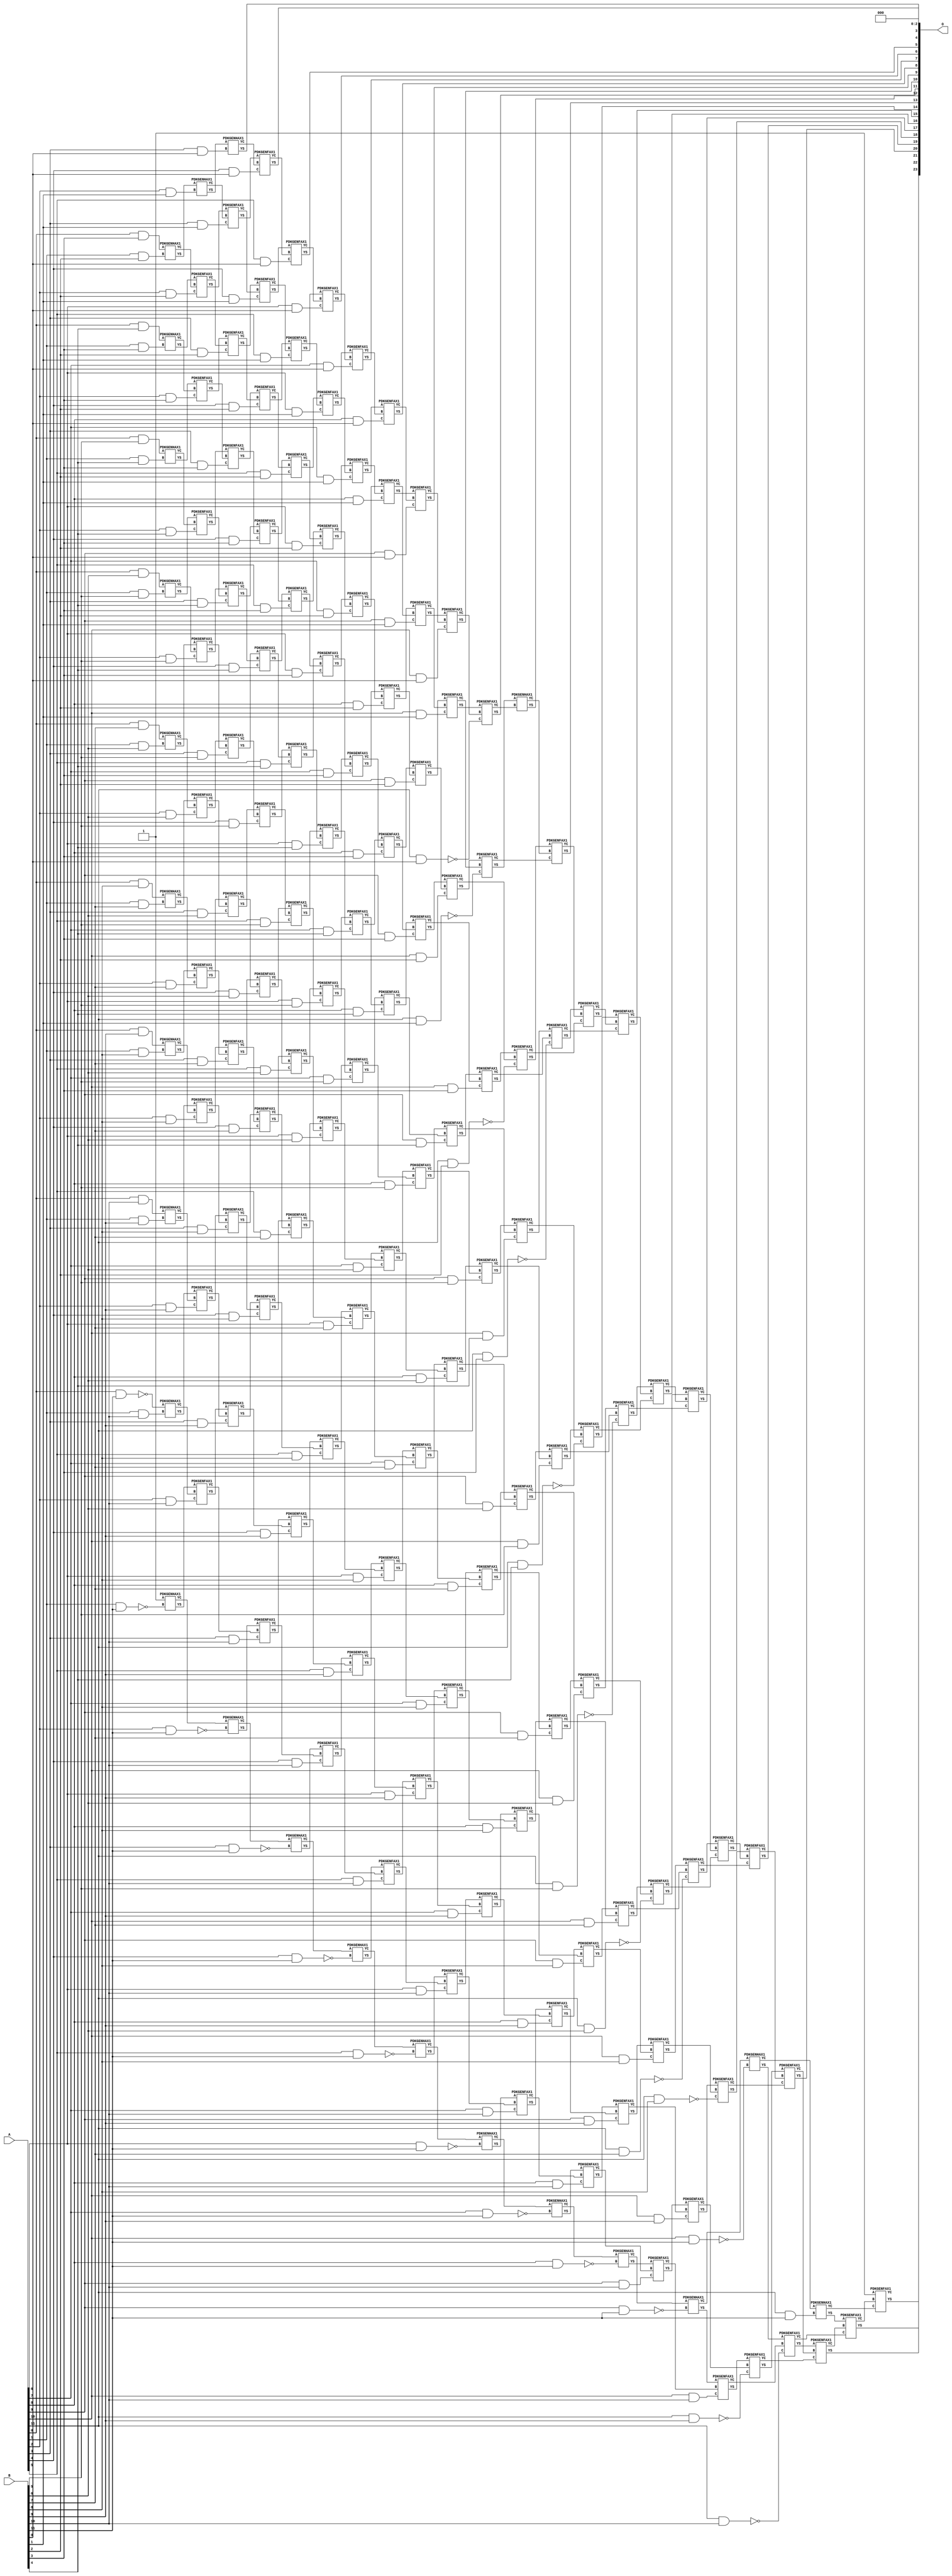
// This program was cloned from: https://github.com/ehw-fit/evoapproxlib
// License: MIT License

/***
* This code is a part of EvoApproxLib library (ehw.fit.vutbr.cz/approxlib) distributed under The MIT License.
* When used, please cite the following article(s): V. Mrazek, Z. Vasicek, L. Sekanina, H. Jiang and J. Han, "Scalable Construction of Approximate Multipliers With Formally Guaranteed Worst Case Error" in IEEE Transactions on Very Large Scale Integration (VLSI) Systems, vol. 26, no. 11, pp. 2572-2576, Nov. 2018. doi: 10.1109/TVLSI.2018.2856362 
* This file contains a circuit from a sub-set of pareto optimal circuits with respect to the pwr and mae parameters
***/
// MAE% = 0.000025 %
// MAE = 4.2 
// WCE% = 0.0001 %
// WCE = 17 
// WCRE% = 1700.00 %
// EP% = 68.75 %
// MRE% = 0.0076 %
// MSE = 34 
// PDK45_PWR = 1.189 mW
// PDK45_AREA = 1605.9 um2
// PDK45_DELAY = 2.32 ns


module mul12s_2KP ( A, B, O );
  input [11:0] A;
  input [11:0] B;
  output [23:0] O;

  wire C_10_0,C_10_1,C_10_10,C_10_11,C_10_2,C_10_3,C_10_4,C_10_5,C_10_6,C_10_7,C_10_8,C_10_9,C_11_0,C_11_1,C_11_10,C_11_11,C_11_2,C_11_3,C_11_4,C_11_5,C_11_6,C_11_7,C_11_8,C_11_9,C_12_0,C_12_1,C_12_10,C_12_11,C_12_2,C_12_3,C_12_4,C_12_5,C_12_6,C_12_7,C_12_8,C_12_9,C_1_10,C_1_11,C_1_2,C_1_3,C_1_4,C_1_5,C_1_6,C_1_7,C_1_8,C_1_9,C_2_1,C_2_10,C_2_11,C_2_2,C_2_3,C_2_4,C_2_5,C_2_6,C_2_7,C_2_8,C_2_9,C_3_0,C_3_1,C_3_10,C_3_11,C_3_2,C_3_3,C_3_4,C_3_5,C_3_6,C_3_7,C_3_8,C_3_9,C_4_0,C_4_1,C_4_10,C_4_11,C_4_2,C_4_3,C_4_4,C_4_5,C_4_6,C_4_7,C_4_8,C_4_9,C_5_0,C_5_1,C_5_10,C_5_11,C_5_2,C_5_3,C_5_4,C_5_5,C_5_6,C_5_7,C_5_8,C_5_9,C_6_0,C_6_1,C_6_10,C_6_11,C_6_2,C_6_3,C_6_4,C_6_5,C_6_6,C_6_7,C_6_8,C_6_9,C_7_0,C_7_1,C_7_10,C_7_11,C_7_2,C_7_3,C_7_4,C_7_5,C_7_6,C_7_7,C_7_8,C_7_9,C_8_0,C_8_1,C_8_10,C_8_11,C_8_2,C_8_3,C_8_4,C_8_5,C_8_6,C_8_7,C_8_8,C_8_9,C_9_0,C_9_1,C_9_10,C_9_11,C_9_2,C_9_3,C_9_4,C_9_5,C_9_6,C_9_7,C_9_8,C_9_9,S_0_10,S_0_11,S_0_3,S_0_4,S_0_5,S_0_6,S_0_7,S_0_8,S_0_9,S_10_0,S_10_1,S_10_10,S_10_11,S_10_2,S_10_3,S_10_4,S_10_5,S_10_6,S_10_7,S_10_8,S_10_9,S_11_0,S_11_1,S_11_10,S_11_11,S_11_2,S_11_3,S_11_4,S_11_5,S_11_6,S_11_7,S_11_8,S_11_9,S_12_0,S_12_1,S_12_10,S_12_11,S_12_2,S_12_3,S_12_4,S_12_5,S_12_6,S_12_7,S_12_8,S_12_9,S_1_10,S_1_11,S_1_2,S_1_3,S_1_4,S_1_5,S_1_6,S_1_7,S_1_8,S_1_9,S_2_1,S_2_10,S_2_11,S_2_2,S_2_3,S_2_4,S_2_5,S_2_6,S_2_7,S_2_8,S_2_9,S_3_0,S_3_1,S_3_10,S_3_11,S_3_2,S_3_3,S_3_4,S_3_5,S_3_6,S_3_7,S_3_8,S_3_9,S_4_0,S_4_1,S_4_10,S_4_11,S_4_2,S_4_3,S_4_4,S_4_5,S_4_6,S_4_7,S_4_8,S_4_9,S_5_0,S_5_1,S_5_10,S_5_11,S_5_2,S_5_3,S_5_4,S_5_5,S_5_6,S_5_7,S_5_8,S_5_9,S_6_0,S_6_1,S_6_10,S_6_11,S_6_2,S_6_3,S_6_4,S_6_5,S_6_6,S_6_7,S_6_8,S_6_9,S_7_0,S_7_1,S_7_10,S_7_11,S_7_2,S_7_3,S_7_4,S_7_5,S_7_6,S_7_7,S_7_8,S_7_9,S_8_0,S_8_1,S_8_10,S_8_11,S_8_2,S_8_3,S_8_4,S_8_5,S_8_6,S_8_7,S_8_8,S_8_9,S_9_0,S_9_1,S_9_10,S_9_11,S_9_2,S_9_3,S_9_4,S_9_5,S_9_6,S_9_7,S_9_8,S_9_9;

  assign S_0_3 = (A[0] & B[3]);
  assign S_0_4 = (A[0] & B[4]);
  assign S_0_5 = (A[0] & B[5]);
  assign S_0_6 = (A[0] & B[6]);
  assign S_0_7 = (A[0] & B[7]);
  assign S_0_8 = (A[0] & B[8]);
  assign S_0_9 = (A[0] & B[9]);
  assign S_0_10 = (A[0] & B[10]);
  assign S_0_11 = ~(A[0] & B[11]);
  PDKGENHAX1 U14199 (.A(S_0_3), .B((A[1] & B[2])), .YS(S_1_2), .YC(C_1_2));
  PDKGENHAX1 U14200 (.A(S_0_4), .B((A[1] & B[3])), .YS(S_1_3), .YC(C_1_3));
  PDKGENHAX1 U14201 (.A(S_0_5), .B((A[1] & B[4])), .YS(S_1_4), .YC(C_1_4));
  PDKGENHAX1 U14202 (.A(S_0_6), .B((A[1] & B[5])), .YS(S_1_5), .YC(C_1_5));
  PDKGENHAX1 U14203 (.A(S_0_7), .B((A[1] & B[6])), .YS(S_1_6), .YC(C_1_6));
  PDKGENHAX1 U14204 (.A(S_0_8), .B((A[1] & B[7])), .YS(S_1_7), .YC(C_1_7));
  PDKGENHAX1 U14205 (.A(S_0_9), .B((A[1] & B[8])), .YS(S_1_8), .YC(C_1_8));
  PDKGENHAX1 U14206 (.A(S_0_10), .B((A[1] & B[9])), .YS(S_1_9), .YC(C_1_9));
  PDKGENHAX1 U14207 (.A(S_0_11), .B((A[1] & B[10])), .YS(S_1_10), .YC(C_1_10));
  PDKGENHAX1 U14208 (.A(1'b1), .B(~(A[1] & B[11])), .YS(S_1_11), .YC(C_1_11));
  PDKGENHAX1 U14210 (.A(S_1_2), .B((A[2] & B[1])), .YS(S_2_1), .YC(C_2_1));
  PDKGENFAX1 U14211 (.A(S_1_3), .B(C_1_2), .C((A[2] & B[2])), .YS(S_2_2), .YC(C_2_2));
  PDKGENFAX1 U14212 (.A(S_1_4), .B(C_1_3), .C((A[2] & B[3])), .YS(S_2_3), .YC(C_2_3));
  PDKGENFAX1 U14213 (.A(S_1_5), .B(C_1_4), .C((A[2] & B[4])), .YS(S_2_4), .YC(C_2_4));
  PDKGENFAX1 U14214 (.A(S_1_6), .B(C_1_5), .C((A[2] & B[5])), .YS(S_2_5), .YC(C_2_5));
  PDKGENFAX1 U14215 (.A(S_1_7), .B(C_1_6), .C((A[2] & B[6])), .YS(S_2_6), .YC(C_2_6));
  PDKGENFAX1 U14216 (.A(S_1_8), .B(C_1_7), .C((A[2] & B[7])), .YS(S_2_7), .YC(C_2_7));
  PDKGENFAX1 U14217 (.A(S_1_9), .B(C_1_8), .C((A[2] & B[8])), .YS(S_2_8), .YC(C_2_8));
  PDKGENFAX1 U14218 (.A(S_1_10), .B(C_1_9), .C((A[2] & B[9])), .YS(S_2_9), .YC(C_2_9));
  PDKGENFAX1 U14219 (.A(S_1_11), .B(C_1_10), .C((A[2] & B[10])), .YS(S_2_10), .YC(C_2_10));
  PDKGENHAX1 U14220 (.A(C_1_11), .B(~(A[2] & B[11])), .YS(S_2_11), .YC(C_2_11));
  PDKGENHAX1 U14221 (.A(S_2_1), .B((A[3] & B[0])), .YS(S_3_0), .YC(C_3_0));
  PDKGENFAX1 U14222 (.A(S_2_2), .B(C_2_1), .C((A[3] & B[1])), .YS(S_3_1), .YC(C_3_1));
  PDKGENFAX1 U14223 (.A(S_2_3), .B(C_2_2), .C((A[3] & B[2])), .YS(S_3_2), .YC(C_3_2));
  PDKGENFAX1 U14224 (.A(S_2_4), .B(C_2_3), .C((A[3] & B[3])), .YS(S_3_3), .YC(C_3_3));
  PDKGENFAX1 U14225 (.A(S_2_5), .B(C_2_4), .C((A[3] & B[4])), .YS(S_3_4), .YC(C_3_4));
  PDKGENFAX1 U14226 (.A(S_2_6), .B(C_2_5), .C((A[3] & B[5])), .YS(S_3_5), .YC(C_3_5));
  PDKGENFAX1 U14227 (.A(S_2_7), .B(C_2_6), .C((A[3] & B[6])), .YS(S_3_6), .YC(C_3_6));
  PDKGENFAX1 U14228 (.A(S_2_8), .B(C_2_7), .C((A[3] & B[7])), .YS(S_3_7), .YC(C_3_7));
  PDKGENFAX1 U14229 (.A(S_2_9), .B(C_2_8), .C((A[3] & B[8])), .YS(S_3_8), .YC(C_3_8));
  PDKGENFAX1 U14230 (.A(S_2_10), .B(C_2_9), .C((A[3] & B[9])), .YS(S_3_9), .YC(C_3_9));
  PDKGENFAX1 U14231 (.A(S_2_11), .B(C_2_10), .C((A[3] & B[10])), .YS(S_3_10), .YC(C_3_10));
  PDKGENHAX1 U14232 (.A(C_2_11), .B(~(A[3] & B[11])), .YS(S_3_11), .YC(C_3_11));
  PDKGENFAX1 U14233 (.A(S_3_1), .B(C_3_0), .C((A[4] & B[0])), .YS(S_4_0), .YC(C_4_0));
  PDKGENFAX1 U14234 (.A(S_3_2), .B(C_3_1), .C((A[4] & B[1])), .YS(S_4_1), .YC(C_4_1));
  PDKGENFAX1 U14235 (.A(S_3_3), .B(C_3_2), .C((A[4] & B[2])), .YS(S_4_2), .YC(C_4_2));
  PDKGENFAX1 U14236 (.A(S_3_4), .B(C_3_3), .C((A[4] & B[3])), .YS(S_4_3), .YC(C_4_3));
  PDKGENFAX1 U14237 (.A(S_3_5), .B(C_3_4), .C((A[4] & B[4])), .YS(S_4_4), .YC(C_4_4));
  PDKGENFAX1 U14238 (.A(S_3_6), .B(C_3_5), .C((A[4] & B[5])), .YS(S_4_5), .YC(C_4_5));
  PDKGENFAX1 U14239 (.A(S_3_7), .B(C_3_6), .C((A[4] & B[6])), .YS(S_4_6), .YC(C_4_6));
  PDKGENFAX1 U14240 (.A(S_3_8), .B(C_3_7), .C((A[4] & B[7])), .YS(S_4_7), .YC(C_4_7));
  PDKGENFAX1 U14241 (.A(S_3_9), .B(C_3_8), .C((A[4] & B[8])), .YS(S_4_8), .YC(C_4_8));
  PDKGENFAX1 U14242 (.A(S_3_10), .B(C_3_9), .C((A[4] & B[9])), .YS(S_4_9), .YC(C_4_9));
  PDKGENFAX1 U14243 (.A(S_3_11), .B(C_3_10), .C((A[4] & B[10])), .YS(S_4_10), .YC(C_4_10));
  PDKGENHAX1 U14244 (.A(C_3_11), .B(~(A[4] & B[11])), .YS(S_4_11), .YC(C_4_11));
  PDKGENFAX1 U14245 (.A(S_4_1), .B(C_4_0), .C((A[5] & B[0])), .YS(S_5_0), .YC(C_5_0));
  PDKGENFAX1 U14246 (.A(S_4_2), .B(C_4_1), .C((A[5] & B[1])), .YS(S_5_1), .YC(C_5_1));
  PDKGENFAX1 U14247 (.A(S_4_3), .B(C_4_2), .C((A[5] & B[2])), .YS(S_5_2), .YC(C_5_2));
  PDKGENFAX1 U14248 (.A(S_4_4), .B(C_4_3), .C((A[5] & B[3])), .YS(S_5_3), .YC(C_5_3));
  PDKGENFAX1 U14249 (.A(S_4_5), .B(C_4_4), .C((A[5] & B[4])), .YS(S_5_4), .YC(C_5_4));
  PDKGENFAX1 U14250 (.A(S_4_6), .B(C_4_5), .C((A[5] & B[5])), .YS(S_5_5), .YC(C_5_5));
  PDKGENFAX1 U14251 (.A(S_4_7), .B(C_4_6), .C((A[5] & B[6])), .YS(S_5_6), .YC(C_5_6));
  PDKGENFAX1 U14252 (.A(S_4_8), .B(C_4_7), .C((A[5] & B[7])), .YS(S_5_7), .YC(C_5_7));
  PDKGENFAX1 U14253 (.A(S_4_9), .B(C_4_8), .C((A[5] & B[8])), .YS(S_5_8), .YC(C_5_8));
  PDKGENFAX1 U14254 (.A(S_4_10), .B(C_4_9), .C((A[5] & B[9])), .YS(S_5_9), .YC(C_5_9));
  PDKGENFAX1 U14255 (.A(S_4_11), .B(C_4_10), .C((A[5] & B[10])), .YS(S_5_10), .YC(C_5_10));
  PDKGENHAX1 U14256 (.A(C_4_11), .B(~(A[5] & B[11])), .YS(S_5_11), .YC(C_5_11));
  PDKGENFAX1 U14257 (.A(S_5_1), .B(C_5_0), .C((A[6] & B[0])), .YS(S_6_0), .YC(C_6_0));
  PDKGENFAX1 U14258 (.A(S_5_2), .B(C_5_1), .C((A[6] & B[1])), .YS(S_6_1), .YC(C_6_1));
  PDKGENFAX1 U14259 (.A(S_5_3), .B(C_5_2), .C((A[6] & B[2])), .YS(S_6_2), .YC(C_6_2));
  PDKGENFAX1 U14260 (.A(S_5_4), .B(C_5_3), .C((A[6] & B[3])), .YS(S_6_3), .YC(C_6_3));
  PDKGENFAX1 U14261 (.A(S_5_5), .B(C_5_4), .C((A[6] & B[4])), .YS(S_6_4), .YC(C_6_4));
  PDKGENFAX1 U14262 (.A(S_5_6), .B(C_5_5), .C((A[6] & B[5])), .YS(S_6_5), .YC(C_6_5));
  PDKGENFAX1 U14263 (.A(S_5_7), .B(C_5_6), .C((A[6] & B[6])), .YS(S_6_6), .YC(C_6_6));
  PDKGENFAX1 U14264 (.A(S_5_8), .B(C_5_7), .C((A[6] & B[7])), .YS(S_6_7), .YC(C_6_7));
  PDKGENFAX1 U14265 (.A(S_5_9), .B(C_5_8), .C((A[6] & B[8])), .YS(S_6_8), .YC(C_6_8));
  PDKGENFAX1 U14266 (.A(S_5_10), .B(C_5_9), .C((A[6] & B[9])), .YS(S_6_9), .YC(C_6_9));
  PDKGENFAX1 U14267 (.A(S_5_11), .B(C_5_10), .C((A[6] & B[10])), .YS(S_6_10), .YC(C_6_10));
  PDKGENHAX1 U14268 (.A(C_5_11), .B(~(A[6] & B[11])), .YS(S_6_11), .YC(C_6_11));
  PDKGENFAX1 U14269 (.A(S_6_1), .B(C_6_0), .C((A[7] & B[0])), .YS(S_7_0), .YC(C_7_0));
  PDKGENFAX1 U14270 (.A(S_6_2), .B(C_6_1), .C((A[7] & B[1])), .YS(S_7_1), .YC(C_7_1));
  PDKGENFAX1 U14271 (.A(S_6_3), .B(C_6_2), .C((A[7] & B[2])), .YS(S_7_2), .YC(C_7_2));
  PDKGENFAX1 U14272 (.A(S_6_4), .B(C_6_3), .C((A[7] & B[3])), .YS(S_7_3), .YC(C_7_3));
  PDKGENFAX1 U14273 (.A(S_6_5), .B(C_6_4), .C((A[7] & B[4])), .YS(S_7_4), .YC(C_7_4));
  PDKGENFAX1 U14274 (.A(S_6_6), .B(C_6_5), .C((A[7] & B[5])), .YS(S_7_5), .YC(C_7_5));
  PDKGENFAX1 U14275 (.A(S_6_7), .B(C_6_6), .C((A[7] & B[6])), .YS(S_7_6), .YC(C_7_6));
  PDKGENFAX1 U14276 (.A(S_6_8), .B(C_6_7), .C((A[7] & B[7])), .YS(S_7_7), .YC(C_7_7));
  PDKGENFAX1 U14277 (.A(S_6_9), .B(C_6_8), .C((A[7] & B[8])), .YS(S_7_8), .YC(C_7_8));
  PDKGENFAX1 U14278 (.A(S_6_10), .B(C_6_9), .C((A[7] & B[9])), .YS(S_7_9), .YC(C_7_9));
  PDKGENFAX1 U14279 (.A(S_6_11), .B(C_6_10), .C((A[7] & B[10])), .YS(S_7_10), .YC(C_7_10));
  PDKGENHAX1 U14280 (.A(C_6_11), .B(~(A[7] & B[11])), .YS(S_7_11), .YC(C_7_11));
  PDKGENFAX1 U14281 (.A(S_7_1), .B(C_7_0), .C((A[8] & B[0])), .YS(S_8_0), .YC(C_8_0));
  PDKGENFAX1 U14282 (.A(S_7_2), .B(C_7_1), .C((A[8] & B[1])), .YS(S_8_1), .YC(C_8_1));
  PDKGENFAX1 U14283 (.A(S_7_3), .B(C_7_2), .C((A[8] & B[2])), .YS(S_8_2), .YC(C_8_2));
  PDKGENFAX1 U14284 (.A(S_7_4), .B(C_7_3), .C((A[8] & B[3])), .YS(S_8_3), .YC(C_8_3));
  PDKGENFAX1 U14285 (.A(S_7_5), .B(C_7_4), .C((A[8] & B[4])), .YS(S_8_4), .YC(C_8_4));
  PDKGENFAX1 U14286 (.A(S_7_6), .B(C_7_5), .C((A[8] & B[5])), .YS(S_8_5), .YC(C_8_5));
  PDKGENFAX1 U14287 (.A(S_7_7), .B(C_7_6), .C((A[8] & B[6])), .YS(S_8_6), .YC(C_8_6));
  PDKGENFAX1 U14288 (.A(S_7_8), .B(C_7_7), .C((A[8] & B[7])), .YS(S_8_7), .YC(C_8_7));
  PDKGENFAX1 U14289 (.A(S_7_9), .B(C_7_8), .C((A[8] & B[8])), .YS(S_8_8), .YC(C_8_8));
  PDKGENFAX1 U14290 (.A(S_7_10), .B(C_7_9), .C((A[8] & B[9])), .YS(S_8_9), .YC(C_8_9));
  PDKGENFAX1 U14291 (.A(S_7_11), .B(C_7_10), .C((A[8] & B[10])), .YS(S_8_10), .YC(C_8_10));
  PDKGENHAX1 U14292 (.A(C_7_11), .B(~(A[8] & B[11])), .YS(S_8_11), .YC(C_8_11));
  PDKGENFAX1 U14293 (.A(S_8_1), .B(C_8_0), .C((A[9] & B[0])), .YS(S_9_0), .YC(C_9_0));
  PDKGENFAX1 U14294 (.A(S_8_2), .B(C_8_1), .C((A[9] & B[1])), .YS(S_9_1), .YC(C_9_1));
  PDKGENFAX1 U14295 (.A(S_8_3), .B(C_8_2), .C((A[9] & B[2])), .YS(S_9_2), .YC(C_9_2));
  PDKGENFAX1 U14296 (.A(S_8_4), .B(C_8_3), .C((A[9] & B[3])), .YS(S_9_3), .YC(C_9_3));
  PDKGENFAX1 U14297 (.A(S_8_5), .B(C_8_4), .C((A[9] & B[4])), .YS(S_9_4), .YC(C_9_4));
  PDKGENFAX1 U14298 (.A(S_8_6), .B(C_8_5), .C((A[9] & B[5])), .YS(S_9_5), .YC(C_9_5));
  PDKGENFAX1 U14299 (.A(S_8_7), .B(C_8_6), .C((A[9] & B[6])), .YS(S_9_6), .YC(C_9_6));
  PDKGENFAX1 U14300 (.A(S_8_8), .B(C_8_7), .C((A[9] & B[7])), .YS(S_9_7), .YC(C_9_7));
  PDKGENFAX1 U14301 (.A(S_8_9), .B(C_8_8), .C((A[9] & B[8])), .YS(S_9_8), .YC(C_9_8));
  PDKGENFAX1 U14302 (.A(S_8_10), .B(C_8_9), .C((A[9] & B[9])), .YS(S_9_9), .YC(C_9_9));
  PDKGENFAX1 U14303 (.A(S_8_11), .B(C_8_10), .C((A[9] & B[10])), .YS(S_9_10), .YC(C_9_10));
  PDKGENHAX1 U14304 (.A(C_8_11), .B(~(A[9] & B[11])), .YS(S_9_11), .YC(C_9_11));
  PDKGENFAX1 U14305 (.A(S_9_1), .B(C_9_0), .C((A[10] & B[0])), .YS(S_10_0), .YC(C_10_0));
  PDKGENFAX1 U14306 (.A(S_9_2), .B(C_9_1), .C((A[10] & B[1])), .YS(S_10_1), .YC(C_10_1));
  PDKGENFAX1 U14307 (.A(S_9_3), .B(C_9_2), .C((A[10] & B[2])), .YS(S_10_2), .YC(C_10_2));
  PDKGENFAX1 U14308 (.A(S_9_4), .B(C_9_3), .C((A[10] & B[3])), .YS(S_10_3), .YC(C_10_3));
  PDKGENFAX1 U14309 (.A(S_9_5), .B(C_9_4), .C((A[10] & B[4])), .YS(S_10_4), .YC(C_10_4));
  PDKGENFAX1 U14310 (.A(S_9_6), .B(C_9_5), .C((A[10] & B[5])), .YS(S_10_5), .YC(C_10_5));
  PDKGENFAX1 U14311 (.A(S_9_7), .B(C_9_6), .C((A[10] & B[6])), .YS(S_10_6), .YC(C_10_6));
  PDKGENFAX1 U14312 (.A(S_9_8), .B(C_9_7), .C((A[10] & B[7])), .YS(S_10_7), .YC(C_10_7));
  PDKGENFAX1 U14313 (.A(S_9_9), .B(C_9_8), .C((A[10] & B[8])), .YS(S_10_8), .YC(C_10_8));
  PDKGENFAX1 U14314 (.A(S_9_10), .B(C_9_9), .C((A[10] & B[9])), .YS(S_10_9), .YC(C_10_9));
  PDKGENFAX1 U14315 (.A(S_9_11), .B(C_9_10), .C((A[10] & B[10])), .YS(S_10_10), .YC(C_10_10));
  PDKGENHAX1 U14316 (.A(C_9_11), .B(~(A[10] & B[11])), .YS(S_10_11), .YC(C_10_11));
  PDKGENFAX1 U14317 (.A(S_10_1), .B(C_10_0), .C(~(A[11] & B[0])), .YS(S_11_0), .YC(C_11_0));
  PDKGENFAX1 U14318 (.A(S_10_2), .B(C_10_1), .C(~(A[11] & B[1])), .YS(S_11_1), .YC(C_11_1));
  PDKGENFAX1 U14319 (.A(S_10_3), .B(C_10_2), .C(~(A[11] & B[2])), .YS(S_11_2), .YC(C_11_2));
  PDKGENFAX1 U14320 (.A(S_10_4), .B(C_10_3), .C(~(A[11] & B[3])), .YS(S_11_3), .YC(C_11_3));
  PDKGENFAX1 U14321 (.A(S_10_5), .B(C_10_4), .C(~(A[11] & B[4])), .YS(S_11_4), .YC(C_11_4));
  PDKGENFAX1 U14322 (.A(S_10_6), .B(C_10_5), .C(~(A[11] & B[5])), .YS(S_11_5), .YC(C_11_5));
  PDKGENFAX1 U14323 (.A(S_10_7), .B(C_10_6), .C(~(A[11] & B[6])), .YS(S_11_6), .YC(C_11_6));
  PDKGENFAX1 U14324 (.A(S_10_8), .B(C_10_7), .C(~(A[11] & B[7])), .YS(S_11_7), .YC(C_11_7));
  PDKGENFAX1 U14325 (.A(S_10_9), .B(C_10_8), .C(~(A[11] & B[8])), .YS(S_11_8), .YC(C_11_8));
  PDKGENFAX1 U14326 (.A(S_10_10), .B(C_10_9), .C(~(A[11] & B[9])), .YS(S_11_9), .YC(C_11_9));
  PDKGENFAX1 U14327 (.A(S_10_11), .B(C_10_10), .C(~(A[11] & B[10])), .YS(S_11_10), .YC(C_11_10));
  PDKGENHAX1 U14328 (.A(C_10_11), .B((A[11] & B[11])), .YS(S_11_11), .YC(C_11_11));
  PDKGENHAX1 U14329 (.A(S_11_1), .B(C_11_0), .YS(S_12_0), .YC(C_12_0));
  PDKGENFAX1 U14330 (.A(S_11_2), .B(C_12_0), .C(C_11_1), .YS(S_12_1), .YC(C_12_1));
  PDKGENFAX1 U14331 (.A(S_11_3), .B(C_12_1), .C(C_11_2), .YS(S_12_2), .YC(C_12_2));
  PDKGENFAX1 U14332 (.A(S_11_4), .B(C_12_2), .C(C_11_3), .YS(S_12_3), .YC(C_12_3));
  PDKGENFAX1 U14333 (.A(S_11_5), .B(C_12_3), .C(C_11_4), .YS(S_12_4), .YC(C_12_4));
  PDKGENFAX1 U14334 (.A(S_11_6), .B(C_12_4), .C(C_11_5), .YS(S_12_5), .YC(C_12_5));
  PDKGENFAX1 U14335 (.A(S_11_7), .B(C_12_5), .C(C_11_6), .YS(S_12_6), .YC(C_12_6));
  PDKGENFAX1 U14336 (.A(S_11_8), .B(C_12_6), .C(C_11_7), .YS(S_12_7), .YC(C_12_7));
  PDKGENFAX1 U14337 (.A(S_11_9), .B(C_12_7), .C(C_11_8), .YS(S_12_8), .YC(C_12_8));
  PDKGENFAX1 U14338 (.A(S_11_10), .B(C_12_8), .C(C_11_9), .YS(S_12_9), .YC(C_12_9));
  PDKGENFAX1 U14339 (.A(S_11_11), .B(C_12_9), .C(C_11_10), .YS(S_12_10), .YC(C_12_10));
  PDKGENFAX1 U14340 (.A(1'b1), .B(C_12_10), .C(C_11_11), .YS(S_12_11), .YC(C_12_11));
  assign O = {S_12_11,S_12_10,S_12_9,S_12_8,S_12_7,S_12_6,S_12_5,S_12_4,S_12_3,S_12_2,S_12_1,S_12_0,S_11_0,S_10_0,S_9_0,S_8_0,S_7_0,S_6_0,S_5_0,S_4_0,S_3_0,1'b0,1'b0,1'b0};

endmodule

/* mod */
module PDKGENHAX1( input A, input B, output YS, output YC );
    assign YS = A ^ B;
    assign YC = A & B;
endmodule
/* mod */
module PDKGENFAX1( input A, input B, input C, output YS, output YC );
    assign YS = (A ^ B) ^ C;
    assign YC = (A & B) | (B & C) | (A & C);
endmodule